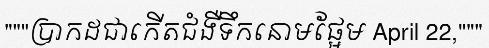
"""ប្រាកដជាកើតជំងឺទឹកនោមផ្អែម April 22,"""